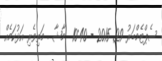
ސެޕްޓެމްބަރު 29